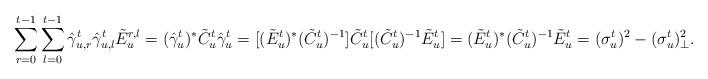
LaTeX: \begin{align*}\sum_{r=0}^{t-1}\sum_{l=0}^{t-1} \hat{\gamma}^t_{u,r}\hat{\gamma}^t_{u,l} \tilde{E}_u^{r,l} = (\hat{\gamma}^t_u)^*\tilde{C}_u^t\hat{\gamma}^t_u = [(\tilde{E}_u^t)^*(\tilde{C}_u^t)^{-1}]\tilde{C}_u^t [(\tilde{C}_u^t)^{-1}\tilde{E}_u^t] = (\tilde{E}_u^t)^*(\tilde{C}_u^t)^{-1}\tilde{E}_u^t = (\sigma_u^t)^2 - (\sigma_u^t)^2_\perp.\end{align*}